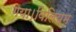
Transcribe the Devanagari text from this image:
गया।विलियम